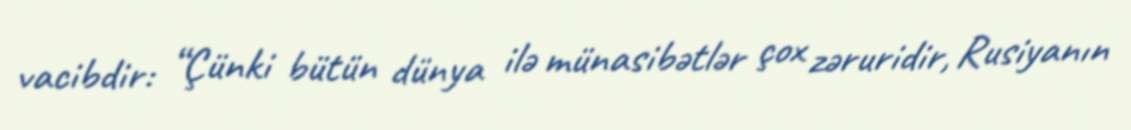
vacibdir: “Çünki bütün dünya ilə münasibətlər çox zəruridir, Rusiyanın